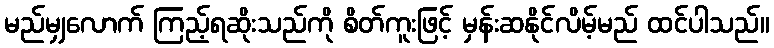
မည်မျှလောက် ကြည့်ရဆိုးသည်ကို စိတ်ကူးဖြင့် မှန်းဆနိုင်လိမ့်မည် ထင်ပါသည်။